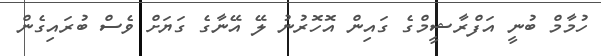
ހުމާމް ބުނީ އަފްރާޝީމްގެ ގައިން އޮހޮރުނު ލޭ އޭނާގެ ގަޔަށް ވެސް ބުރައިގެން